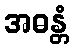
အဓန္တံ